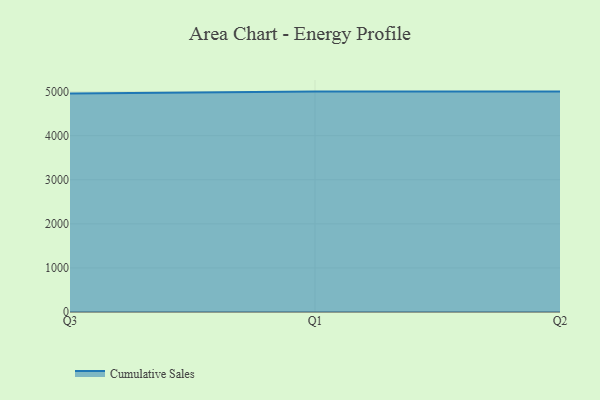
{"axis": {"x": "Quarter", "y": "Net Income (USD K)"}, "legend": ["Cumulative Sales"], "data": [{"x": "Q3", "y": 4955.0, "type": "Cumulative Sales"}, {"x": "Q1", "y": 5000, "type": "Cumulative Sales"}, {"x": "Q2", "y": 5000, "type": "Cumulative Sales"}]}